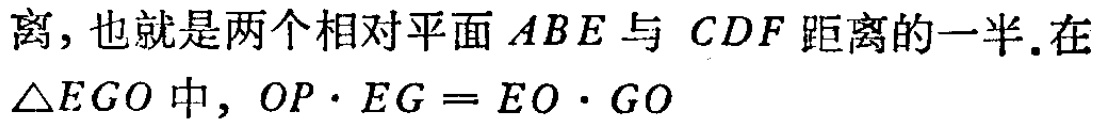
离,也就是两个相对平面 \(ABE\) 与 \(CDF\) 距离的一半.在 \(\triangle EGO\) 中, \(OP\cdot EG = EO\cdot GO\)